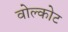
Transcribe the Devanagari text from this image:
वोल्कोट